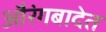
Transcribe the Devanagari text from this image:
औरंगबादेत